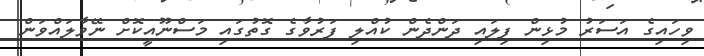
ވިހައިގެ އަސަރު މުޅިން ފިލައި ދަންދެން ކުއްލި ފަރުވާގެ ގޮތުގައި މަސްނޫއީކޮށް ނޭވާލައްވަން